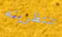
تنتظرينه